Vital statistics of India. Vol. IV, Annual returns from 1871 to 1876. British Army of India, Native Army and jails of Bengal
Year: 1871
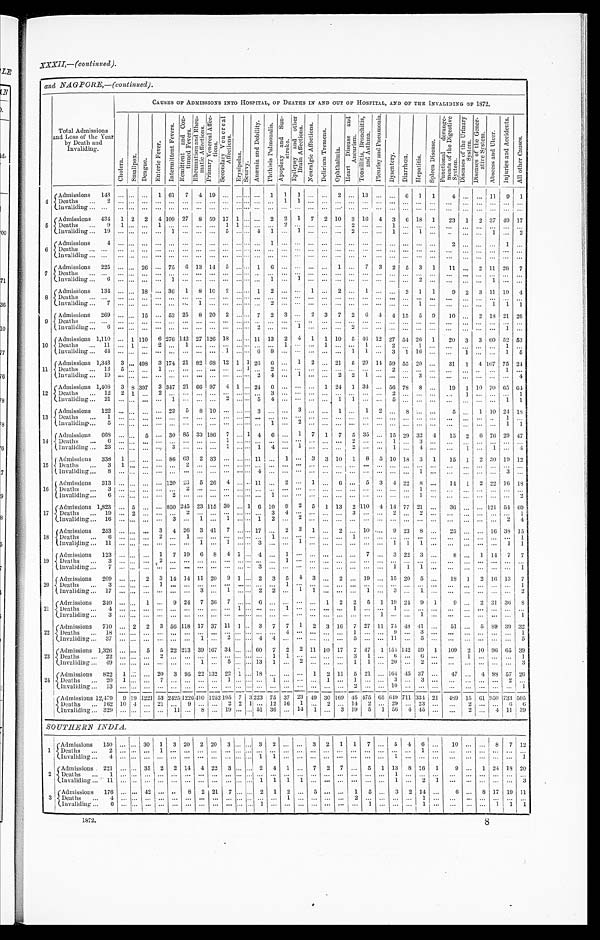
XXXII,— (continued) .
and NAGPORE,— (continued) .
Total Admissions
and Loss of the Year
byDeath and
Invaliding.
C A U S E S O F A D M I S S I O N S I N T O H O S P I T A L , O F D E A T H S I N A N D O U T O F H O S P I T A L , A N D O F T H E I N V A L I D I N G O F 1 8 7 2 .
C h o l e r a . S m a l l p o x .
D e n g u e .
E n t e r i c F e v e r .
I n t e r m i t t e n t F e v e r s . R e m i t t e n t a n d C o n -
t i n u e d F e v e r s . R h e u m a t i s m a n d R h e u -
m a t i c A f f e c t i o n s .
P r i m a r y V e n e r e a l A f f e c -
tions.
S e c o n d a r y V e n e r e a l A f f e c t i o n s .
E r y s i p e l a s .
S c u r v y .
A n æ m i a a n d D e b i l i t y .
P h t h i s i s P u l m o n a l i s . A p o p l e x y a n d S u n - s t r o k e .
E p i l e p s y a n d o t h e r B r a i n A f f e c t i o n s .
N e u r a l g i c A f f e c t i o n s .
D e l i r i u m T r e m e n s .
O p h t h a l m i a .
H e a r t D i s e a s e a n d A n e u r i s m .
T o n s i l l i t i s , B r o n c h i t i s , a n d A s t h m a .
P l e u r i s y a n d P n e u m o n i a .
D y s e n t e r y . D i a r r h œ a . H e p a t i t i s .
S p l e e n D i s e a s e .
F u n c t i o n a l d e r a n g e - m e n t s o f t h e D i g e s t i v e S y s t e m . D i s e a s e s o f t h e U r i n a r y S y s t e m . D i s e a s e s o f t h e G e n e r - a t i v e S y s t e m .
A b s c e s s a n d U l c e r .
I n j u r i e s a n d A c c i d e n t s .
A l l o t h e r C a u s e s .
4
Admissions 143 ... ... ... 1 61 7 4 19 ... ...
. . .
... 1 1 1 ... ... 2 ... 13 ... ... 6 1 1
4 ... ... 11 9 1
Deaths ... 2 ... ... ... ... ... ... ... ... ... ... . . . ... ...
1 1 ... . . . . . .
... . . . . . .
. . . ... . . .
. . . . . . ... ... . . . ... ...
Invaliding ...
. . . . . .
... . . .
............... . . .
... . . .
...... . . . ...... . . . . . .
... . . . . . . . . .
... . . .
. . . ......... . . .
......
5
Admissions 434 1 2 2 4 109 27 8 59 17 1 . . .
... 2 2 1 7 2 10 3 16 4 3 6 18 1 23 1 2 37 49 17
Deaths ...
9 1 ... . . .
1 ............ 1 1 . . .
...... 2 ...... . . . . . .
2
. . . . . . 1 ... . . . . . . . . . ...... . . . ......
Invaliding ...
1 9 . . .
... . . .
...1 ......... 5 ... . . . .
4 1
. . . 1 ... . . . . . .
2
. . . . . . 1 ...
1 . . . .. ... ...
1 ... 2
6
Admissions
4 . . .
... . . .
............... . . .
... . . .
...1
. . . ...... . . . . . . ... . . . . . .
. . . ... . . . . . . 2 ...... . . .
1 ...
Deaths ...
. . . . . .
... . . .
............... . . .
... . . .
...... . . . ...... . . . . . .
... . . . . . . . . .
...
. . . . . . ......... . . .
......
Invaliding ...
. . . . . .
... . . .
............... . . .
... . . .
...... . . . ...... . . . . . .
... . . . . . . . .
...
. . . . . . ......... . . .
......
7
Admissions 225 . . . ... 26 ... 75 6 13 14 5 ... . . . . 1 6 . . . ... ... . . . 1 ... 7 3 2 5 3 1 11 ... 2 11 26 7
Deaths ...
. . . . . .
... . . .
............... . . .
... . . .
... ... . . . ...... . . . . . .
... . . . . . . . . . ... . . . . . . . . . ... ... . . . ... ...
Invaliding ...
6 . . .
... . . .
...1 ......... . . .
... . . .
... 1 . . . 1 ... . . . . . .
... . . . . . . . . .
...
2 . . . ......... 1 ......
8
Admissions 134 . . . ...
1 8
... 36 1 8 10 2 ... . . . 1 2 . . . ... 1
. . . 2 ... 1 . . .
. . . 2 1 1
9 2 3 1 1 19 4
Deaths ...
. . . . . .
... . . .
............... . . .
... . . .
...... . . . ...... . . . . . .
... . . . . . . . . .
...
. . . . . .
......... . . .
......
Invaliding ...
7 . . .
... . . .
.........1 ... . . .
... . . .
...2
. . . ...... . . . . . .
... . . . . . . . . .
...
1 . . . . . . ... ... 1 1 1
9
Admissions 269 . . . ... 15 ... 53 25 8 20 2 ... . . . 7 2 3. ... 2 3 7 2 6 4
4 15 5 9 10 ... 2 18 21 26
Deaths ...
. . . . . .
... . . .
............... . . .
... . . .
......
. . .
..... . . . . . .
... . . . . . . . . .
...
. . . . . . ... ... ... . . .
......
Invaliding ...
6 . . .
... . . .
............... . . .
... . . .
2 ...
. . .
1 ... . . . . . .
2
. . . . . . . . . . . . ... ... ... ... ... ... 1 ...
10
Admissions 1,110 . . . 1
1 1 0 6 276 142 27 126 18 ... . . .
11 13 2 4 1 1 10 5 46 12 27 54 26 1 20 3 3 60 52 53
Deaths ...
1 1 . . .
1
. . .
2 ...1 ...... . . .
... . . .
...... 1 ...... 1 . . .
... 1 . . . 2 ...
1 . . . . . . ... ... . . . 1 ...
Invaliding ... 44 ... ... ... ... ... ... ... ... 1 ... . . . 6 8 ... ... ... ... ... 1 1 ... 3 1 16 ... ... 1 ... ... 1 5
11
Admissions 1,343
3 ... 4 9 8 3 174 21 82 68 12 1 1 26
6 ... 1 2 ... 21 5 29 14 59 55 20 ... 31 1 4
1 0 7 75 24
Deaths ...
1 2 5 ... . . . 1 ............ . . .
... 1 ... 2 . . . ...... . . . . . .
... . . . . . . 2 ...
. . . . . . ...... ...
. . . 1 ...
Invaliding ...
1 9 . . .
... . . . ............... . . .
... . . .
2 4 . . . 1 ... . . . 2 2
1 . . . . . .
...
3 . . . ...
... ... . . .
...4
12
Admissions 1,408 3 8 3 9 7 3 347 21 66 97 4 1 . . . 24 6 . . . ... ... 1 24 1
3 4 . . . 56 78 8 . . . 19 1 10 70 65 64
Deaths ...
1 2 2 1
. . . 2 ............ . . .
... . . .
... 3 . . . ...... . . . . . .
... . . . . . . 2 ...
. . . . . . ...1 ... . . .
...1
Invaliding ...
2 1 . . .
... . . . ...1 ......... 2 ... . . .
5 4 . . . ...... . . . 1 1
. . . . . . 5 ...
. . . . . . ......... . . .
1 1
13
Admissions 122 . . . ... . . . ... 23 5 8 10
. . . ... . . . 3 ... . . . 3 ... . . . 1 ... 1 2 . . . 8 . . . . . . 5 ... 1 10 24 18
Deaths ... 1 ... ... . . . ... ... ... ...... . . .
... . . .
...... . . . ...... . . . . . .
... . . . . . . . . . . . . . . . . . .
......... . .
1 ...
Invaliding ...
5 . . .
... . . .
......... ...... . . .
... . . .
...1
. . . 2 ... . . . . . .
... . . . . . . . . . . . . . . . . . .
......... . . .
1 1
14
Admissions 668 . . . ... 5 ... 30 85 33 186 7 ... 1 4 6 . . . 1 7 1 7 5 35 . . . 15 29 32 4 15 2 6 76 29 47
Deaths ...
6 . . .
... . . . ... ... .... ... ...
1 ... . . .
... ... . . . ...... . . . . . . 2 . . . . . . 1 ...
3 . . . . . . ... ... . . . ... ...
Invaliding ... 23 ... ...
. . . ... 3 ... ... ... 1 ... . . . 1 4 ... 1 ... ... ... 2
. . . ... 1 ... 4 ... ... 1 ...
1 ... 4
15
Admissions 338 1 .... . . . ... 86 63 2 33
. . . ... . . . 11 ... 1 ... 3 3 10 1 8 5 10 18 3 1 15 1 2 30 19 12
Deaths ... 3 1 ... . . .
......2
...... . . .
... . . .
...... . . . ...... . . . . . . ... . . . . . . . . .
...
. . . . . . . . . ... ... . . . ... ...
Invaliding ...
8 . . .
... . . .
......... ...... . . .
... . . .
4 ... . . . ...... . . . . . . ... . . . . . . . . .
...
1 . . . ......... . . .
3 ...
16
Admissions 313
. . . ... . . . ... 120 23 5 26 4 ... . . . 11 ... 2 ... 1 . . . 6 ... 5 3 4 22 8
. . . 14 1 2 22 16 18
Deaths ...
3 . . .
... . . . ... ... 2
...... . . .
... . . . .
...... . . . ...... . . . . . .
... . . . . . . . . .
...
1 . . . ......... . . .
......
Invaliding ...
6 . . .
.... . . .
...2 ... ...... . . .
... . . .
...1
. . . ...... . . . . . .
... . . . . . . . . .
...
1 . . . ... ... ... ... ...
2
17
Admissions 1,823 . . . 5
. . . ... 850 245 23 115 30 ... 1 6 10 9 2 5 1 13 2 110 4 14 77 21 . . . 36 ... ... 121 5 4 69
Deaths ...
1 9 . . .
2
. . .
......2 ...... . . .
... . . .
...3
4 ...... . . . . . . 3 . . . . . . 2 ...
2 . . . . . . ... ... . . . ... 1
Invaliding ...
1 6 . . .
... . . .
...3 ...1 ... 1 ... . . .
1 2
. . . 2 ... . . . . . . ... . . . . . . . . .
...
. . . . . . ......... . . .
2 4
18
Admissions
2 5 3 . . . ... ... 3 4 26 3 41 7 ... . . . 17 ... 2 3 1 ... 2 ... 10 ...
9 23 8 . . .
25 ... ... 16 38 15
Deaths ...
6 . . .
... . . .
2 ...1
... ... . . .
... . . .
...1
. . . ...... . . . . . .
1
. . . . . . . . .
...
. . . . . . ......... . . .
...1
Invaliding ...
1 1 . . .
... . . .
... ...... 1... 1 ... . . .
3 ... . . . 1 ... . . . . . .
... . . . . . . 1 1
1 . . . ......... . . .
1 1
19
Admissions 123 . . . .... . . . 1 7 19 6 8 4 1 . . . 4 ... 1 ... ... . . . . . . ... 7 . . . 3 22 3 . . . 8 ... 1 14 7 7
Deaths ...
3 . . .
... . . .
2 ...... ...... . . .
... . . .
...... 1 ...... . . . . . .
... . . . . . . . . .
...
. . . . . . . . . ... ... . . . ... ...
Invaliding ...
7 . . .
... . . .
... ...... ...... . . .
... . .
3 ... . . . ...... . . . . . .
... . . . . . . 1 1
1 . . . ......... . . .
...1
20
Admissions 209 . . . ... 2 3 14 14 11 20 9 1 . . . 2 3 5 4 3 . . .
2 ... 19 . . . 15 20 5 . . . 18 1 2 16 13 7
Deaths ...
3 . . .
... . . .
1 ............ . . .
... . . .
... ... 1 ...... . . . . . .
... . . . . . . . . .
...
. . . . . . ... ...... . . .
... 1
Invaliding ...
1 7 . . .
... . . .
.........3 ... 1 ... . . .
2 2 . . . 1 1
. . . . . .
... 1 . . . 3 ...
1 . . . ... ...... . . .
... 2
21
Admissions 240 ... .... 1 ... 9 24 7 36 7 ... . . . . 6 ... ... ... ... 1 2 2 5 1 19 24 9 1
9 ... 2 31 36
8
Deaths ...
4 . . .
... . . .
... ...... ...... . . .
1 . . .
...... 1 ...... . . . . . . 1 . . . . . . 1 ...
. . . . . . . . . ... ... . . . ... ...
Invaliding ...
3 . . .
... . . . .
... ...... ...... . . .
... . . .
...... . . . ...... . . . . . . ... . . . 1
. . .
...
1 . . . ......... . . .
...1
22
Admissions 710
. . . 2 2 3 56 118 17 37
1 1 1 . . 3 7 7 1 2 3 16 7 27 11 74 48 41
. . .
5 1 ... 5 89 39 32
Deaths ...
1 8 . . . ... . . .
............... . . .
... . . .
... ... 4 ... . . . . . . . . . 1 . . . . . . 9 ...
3 . . .
......... . . .
... 1
lnvaliding ... 37 ... ...
. . . ... ... ...
1 ... 2 ... ... 4 4 ... ... ... ... ... 5 ... ... 11 ... 5 . . . ......... . . .
... 5
23
Admissions
1 , 3 2 6 ... ... 5 5 22 213 39 167 34 ... ... 60 7 2 2 11 10 17 7 47 1
1 5 4 142 59 1 109 2 10 96 65 39
Deaths ...
2 2 . . .
... . . .
2 ............ . . .
... . . .
... 1 1 ...... . . . . . . 3 1 . . . 6 ...
6 . . . ...1 ... . . .
...1
Invaliding ...
4 9 . . .
... . . .
.........1 ... 5 ... . . .
13 1 . . . 2 ... . . . . . . 1 1 . . . 2 0
...
2 . . . ......... . . .
...3
2 4 Admissions 822 1 ... . . . 20 3 95 22 132 22 1 . . . 18 ... . . . ... 1 2 11 5 21 . . . 164 45 37 . . . 47 ... 4
8 8 57 26
Deaths ... 20 1 ...
. . .
7 ............ 1 ... . . .
...1
. . . ... . . . 1 . . . 1 . . . . . . 3 ...
3 . . .
...... . . . . . .
2 ...
Invaliding ...
1 3 . . .
... . . .
... ............ . . .
... . . .
...... . . . ... . . . . . . . . . 2 . . . . . . 1 0
...
. . . . . .
...... . . . . . .
...1
Admissions 12,479 9 19 1221 53 2425 1226410 1252 1 9 5 7 3 223 75 37 23 19 30 169 45 475 65
6 4 9 711 334 21 489 15 61 950 733 505
Deaths ... 162 10 4
. . . 21 ... 9 ... ... 2 2 1 ... .l2 16 1 ... 2 . . . 14 2
. . . 29 ... 23 . . . . . . 2 ... . . . 6
6
Invaliding ... 329 ... ... . . . ... 11 ... 8 ... 19 ... ... 51 36 ... 14 1 ... 3 19 5 1
5 6 4 45 ... ... 2 ... 4 11 39
SOUTHERN INDIA.
1
Admissions 150 ... ... 30 1 3 20 2 20 3 ...
. . . 3 2 ... ... 3 2 1 1 7 ... 5
4 6 ...
1 0 ... ...
8 7
1 2
Deaths ...
2 . . . . . . . . .
1 ...... . . .
... . . .
... . . .
... ... . . . ... . . . . . . . . . ... . . . . . .
. . . ...
1 . . .
. . .
......
. . . . . . . . .
Invaliding ...
4 . . . . . . . . .
... ...... . . .
... . . .
... . . .
1 1 . . . ... . . . . . . . . .
... . . . . . . 1 ... . . . . . . . . . ... ... . . . . . .
1
2
Admissions 221 ... ... 35 2 2 14 4 22 3 ... . . . 2 4 1 ... 7
2 7
...
5 1 13 8 16 1
9 ... 1 24 18 20
Deaths ...
1
. . . . . . . . .
... ...... . . .
... . . .
... . . . . . . ... . . . ... . . . . . . . . .
... . . . . . . 1 . . . . . . . . . ... ... ... ... . . . . . .
Invaliding ...
1 1 . . . . . . . . .
... ...... . . .
... . . .
... . . . 1 1 1 1
. . . . . . . . .
... . . . . . . 1 . . . 2 1
. . .
......
. . . . . . 3
3
Admissions 176 ... ... 42 ... . . 8 2 21 7 ... ... 2 1 2 ... 5 ... ... 1 5 ... 3 2 14 ...
6 ... 8 17 19 11
D e a t h s . . .
4
. . . . . . . . .
......... . . .
... . . .
... . . .
......
1 ... . . . . . . . . .
2
. . . . . . . . .
... 1 . . .
. . .
......
. . . . . . . . .
I n v a l i d i n g . . .
6
. . . . . . . . .
......... . . .
... . . .
... . . .
1 ...
. . .
... . . . . . . . . .
... 1 . . . . . .
... 1 . . .
. . .
......
1 1
1
1872.
8